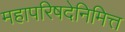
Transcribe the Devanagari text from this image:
महापरिषदेनिमित्त